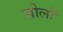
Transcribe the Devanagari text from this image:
सोलों